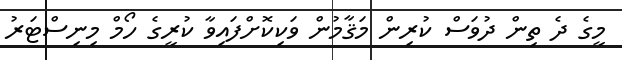
މީގެ ދެ ތިން ދުވަސް ކުރިން މަޤާމުން ވަކިކޮށްފައިވާ ކުރީގެ ހޯމް މިނިސްޓަރު